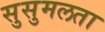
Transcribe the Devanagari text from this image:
सुसुमलता